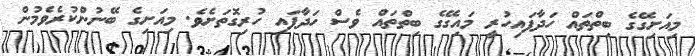
މިއަށިގޭގެ ބިތްތައް ހަދާފައިހުރީ މައިގޭގެ ބިތްތައް ވެސް ހަދާފައި ހުރިގޮތަށެވެ. މިއަށިގެ ބޭނުންކުރެވެމުން